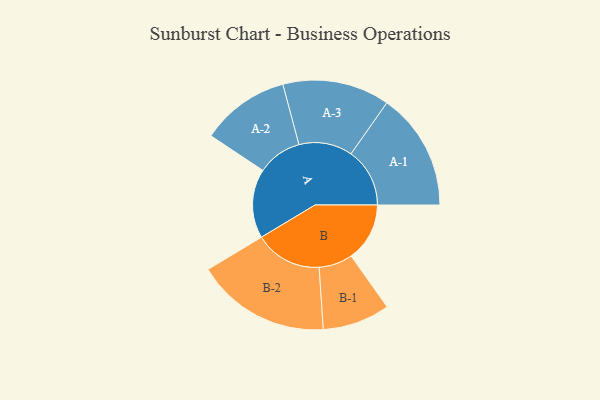
{"axis": {"x": "Segment", "y": "Value"}, "legend": ["", "A", "B"], "data": [{"x": "A", "y": 279, "type": ""}, {"x": "B", "y": 236, "type": ""}, {"x": "A-1", "y": 237, "type": "A"}, {"x": "A-2", "y": 179, "type": "A"}, {"x": "A-3", "y": 216, "type": "A"}, {"x": "B-1", "y": 136, "type": "B"}, {"x": "B-2", "y": 271, "type": "B"}]}